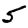
Digit: 5